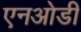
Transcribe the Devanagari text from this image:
एनओडी